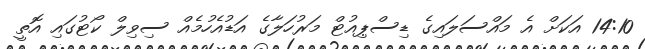
14:10 އަކަށް އެ މައްސަލައިގެ ޑިސްޕިއުޓް މަރުހަލާގެ އަޑުއެހުމެއް ސިވިލް ކޯޓުގައި އޮތީ